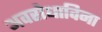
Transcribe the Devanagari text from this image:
अवरोधाविना